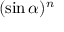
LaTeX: ( \sin \alpha ) ^ { n }